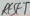
Text: RESET